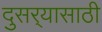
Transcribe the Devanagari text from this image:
दुसर्‍यासाठी